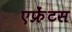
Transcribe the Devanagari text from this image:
एफ्रेंटस